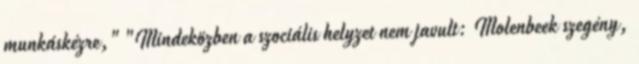
munkáskézre," "Mindeközben a szociális helyzet nem javult: Molenbeek szegény,